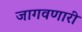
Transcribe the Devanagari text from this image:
जागवणारी